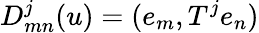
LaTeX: D_{mn}^{j}(u)=(e_{m},T^{j}e_{n})